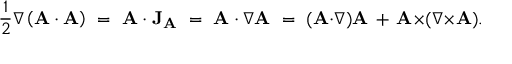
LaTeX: { \frac { 1 } { 2 } } \nabla \left( \mathbf { A } \cdot \mathbf { A } \right) \ = \ \mathbf { A } \cdot \mathbf { J } _ { \mathbf { A } } \ = \ \mathbf { A } \cdot \nabla \mathbf { A } \ = \ ( \mathbf { A } { \cdot } \nabla ) \mathbf { A } \, + \, \mathbf { A } { \times } ( \nabla { \times } \mathbf { A } ) .